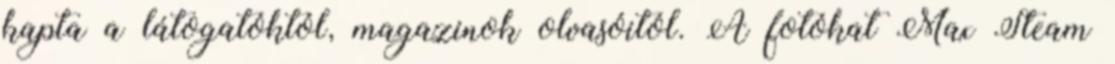
kapta a látogatóktól, magazinok olvasóitól. A fotókat Max Steam